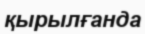
қырылғанда